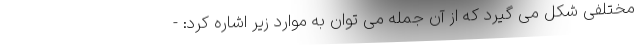
مختلفی شکل می گیرد که از آن جمله می توان به موارد زیر اشاره کرد: -